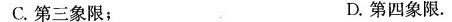
C.第三象限；D.第四象限。